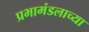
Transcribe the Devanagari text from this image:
प्रभामंडलाच्या